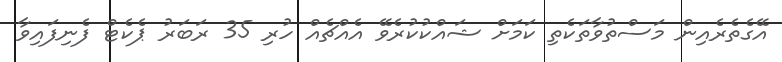
އޭގެތެރެއިން މަސްތުވާތަކެތި ކަމަށް ޝައްކުކުރެވޭ އެއްޗެއް ހުރި 35 ރަބަރު ޕެކެޓް ފެނިފައިވާ